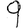
Digit: 9